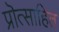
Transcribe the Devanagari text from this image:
प्रॊत्साहित